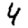
Digit: 4